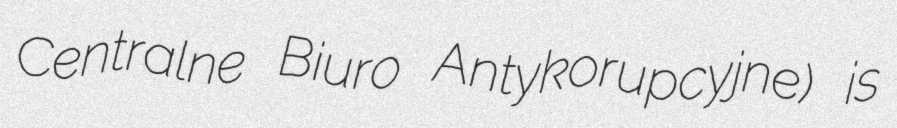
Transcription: Centralne Biuro Antykorupcyjne) is